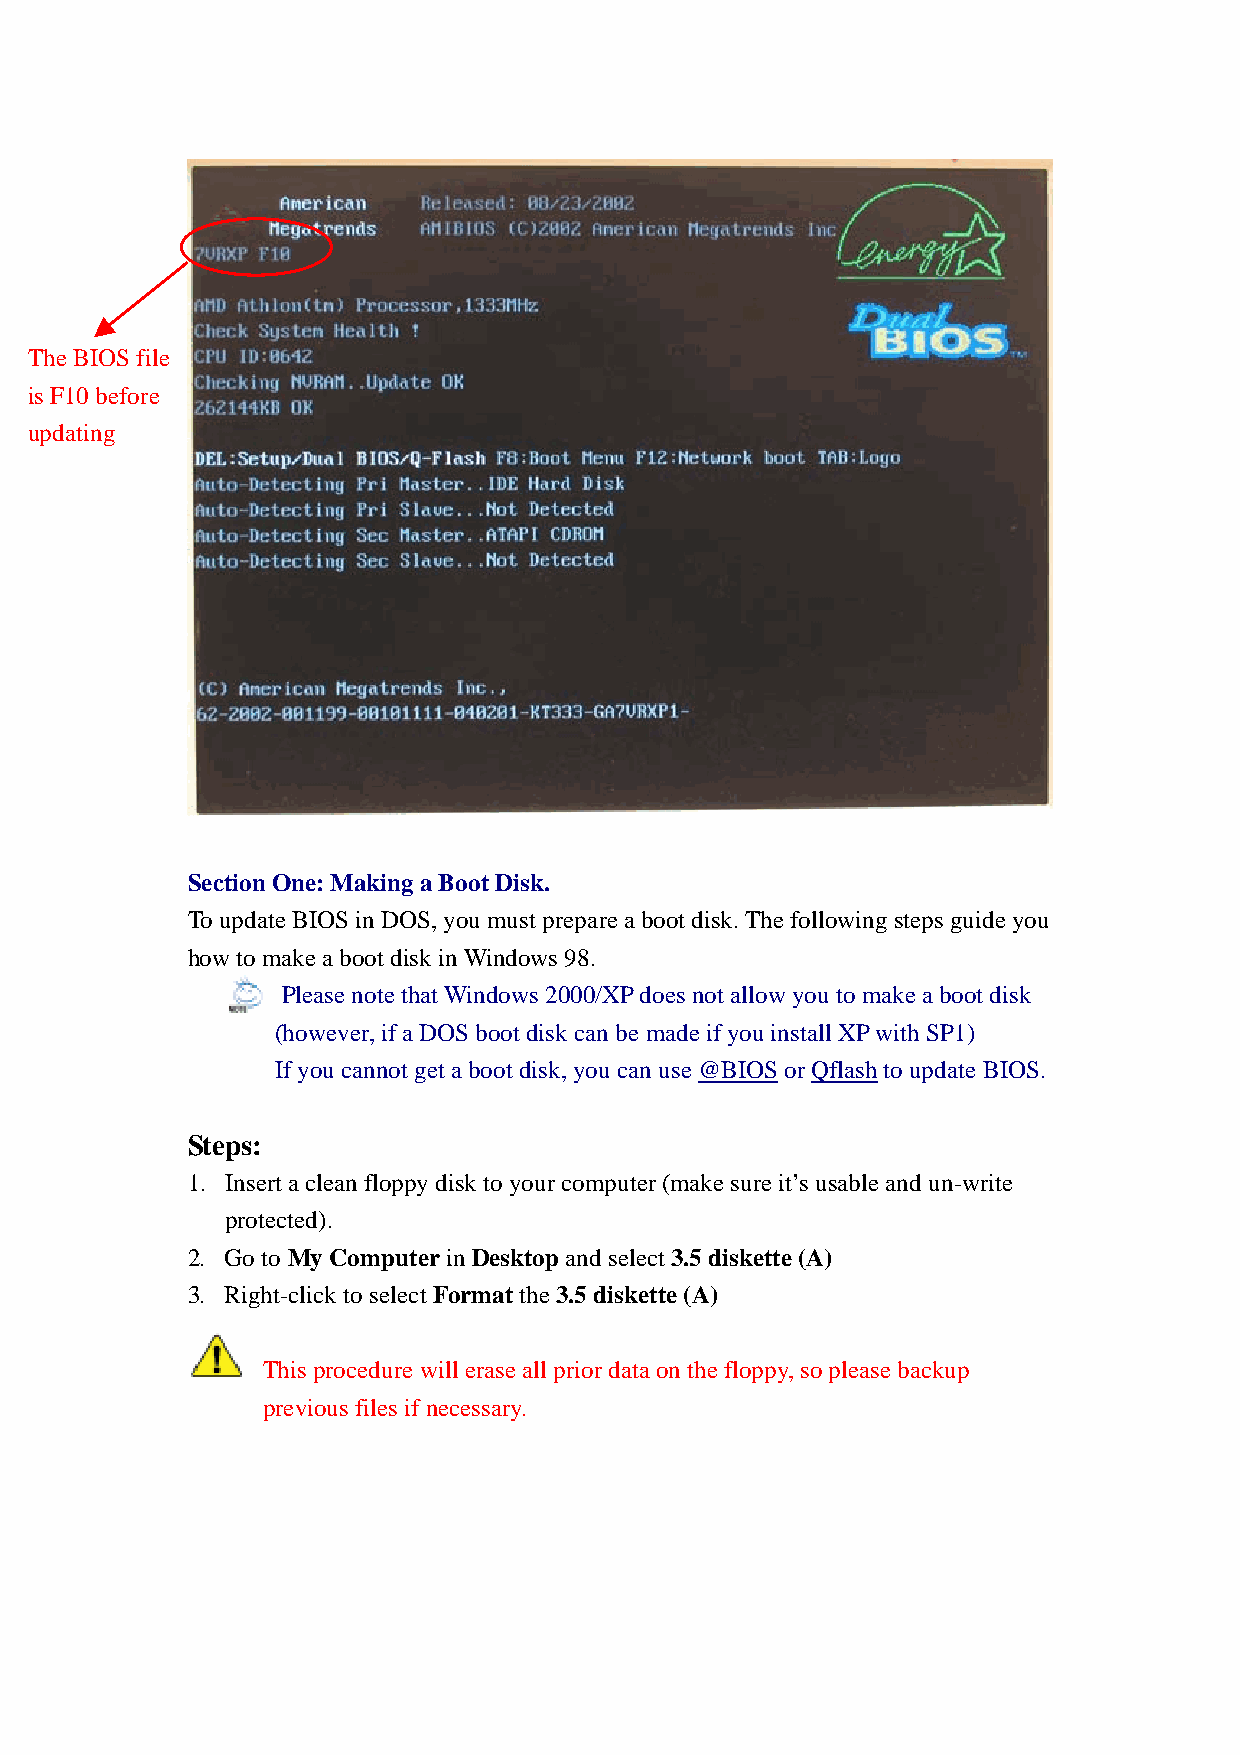
The BIOS file
 is F10 before
 updating
 Section One: Making a Boot Disk.
 To update BIOS in DOS, you must prepare a boot disk. The following steps guide you
 how to make a boot disk in Windows 98.
 Please note that Windows 2000/XP does not allow you to make a boot disk
 (however, if a DOS boot disk can be made if you install XP with SP1)
 If you cannot get a boot disk, you can use @BIOS or Qflash to update BIOS.
 Steps:
 1. Insert a clean floppy disk to your computer (make sure it’s usable and un-write
 protected).
 2. Go to My Computer in Desktop and select 3.5 diskette (A)
 3. Right-click to select Format the 3.5 diskette (A)
 This procedure will erase all prior data on the floppy, so please backup
 previous files if necessary.